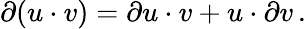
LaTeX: \partial(u\cdot v)=\partial u\cdot v+u\cdot\partial v\, .